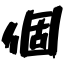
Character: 個